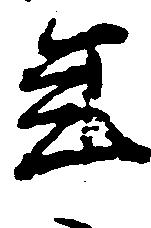
年